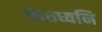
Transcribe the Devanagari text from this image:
कंठध्वनि